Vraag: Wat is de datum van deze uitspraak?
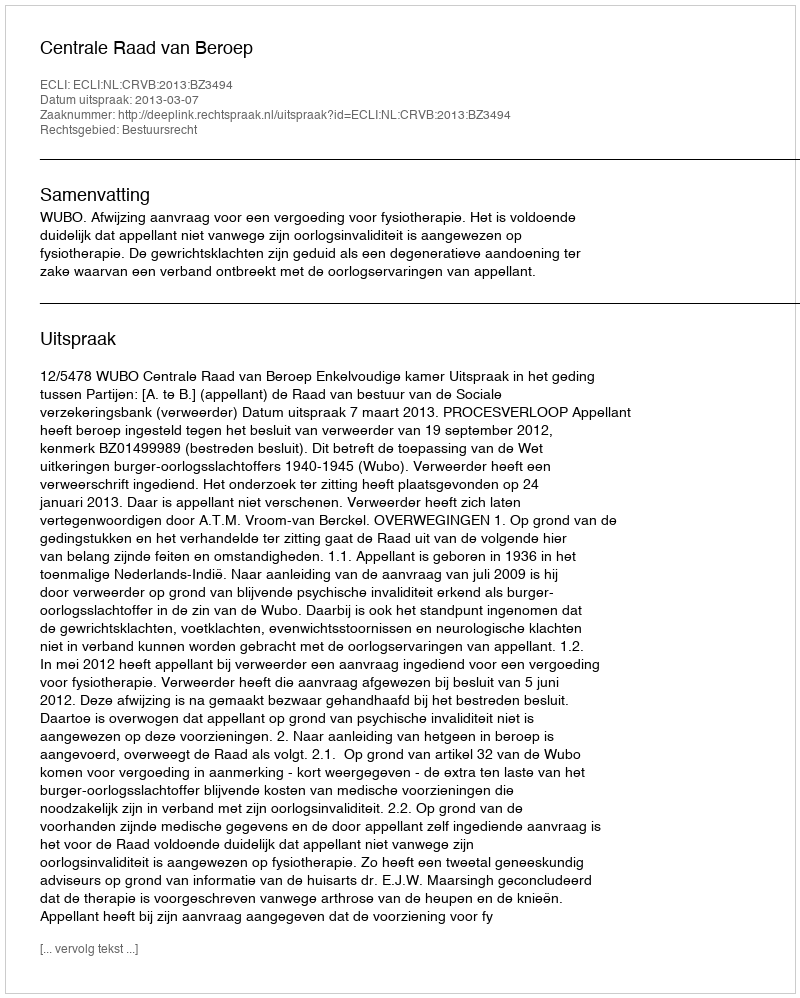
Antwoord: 2013-03-07